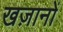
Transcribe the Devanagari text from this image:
खज़ानों